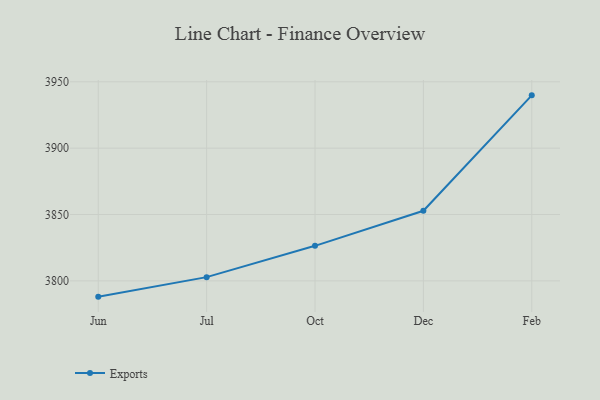
{"axis": {"x": "Month", "y": "Demand Index"}, "legend": ["Exports"], "data": [{"x": "Jun", "y": 3788.1, "type": "Exports"}, {"x": "Jul", "y": 3802.8, "type": "Exports"}, {"x": "Oct", "y": 3826.4, "type": "Exports"}, {"x": "Dec", "y": 3852.8, "type": "Exports"}, {"x": "Feb", "y": 3939.8, "type": "Exports"}]}